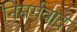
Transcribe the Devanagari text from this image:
निसर्गवाद